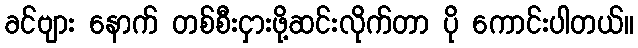
ခင်ဗျား နောက် တစ်စီးငှားဖို့ဆင်းလိုက်တာ ပို ကောင်းပါတယ်။